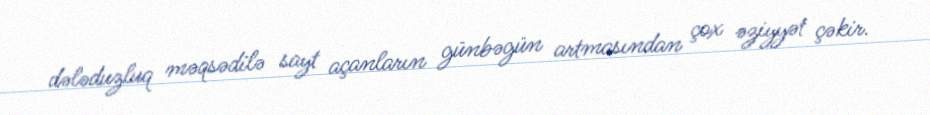
dələduzluq məqsədilə sayt açanların günbəgün artmasından çox əziyyət çəkir.